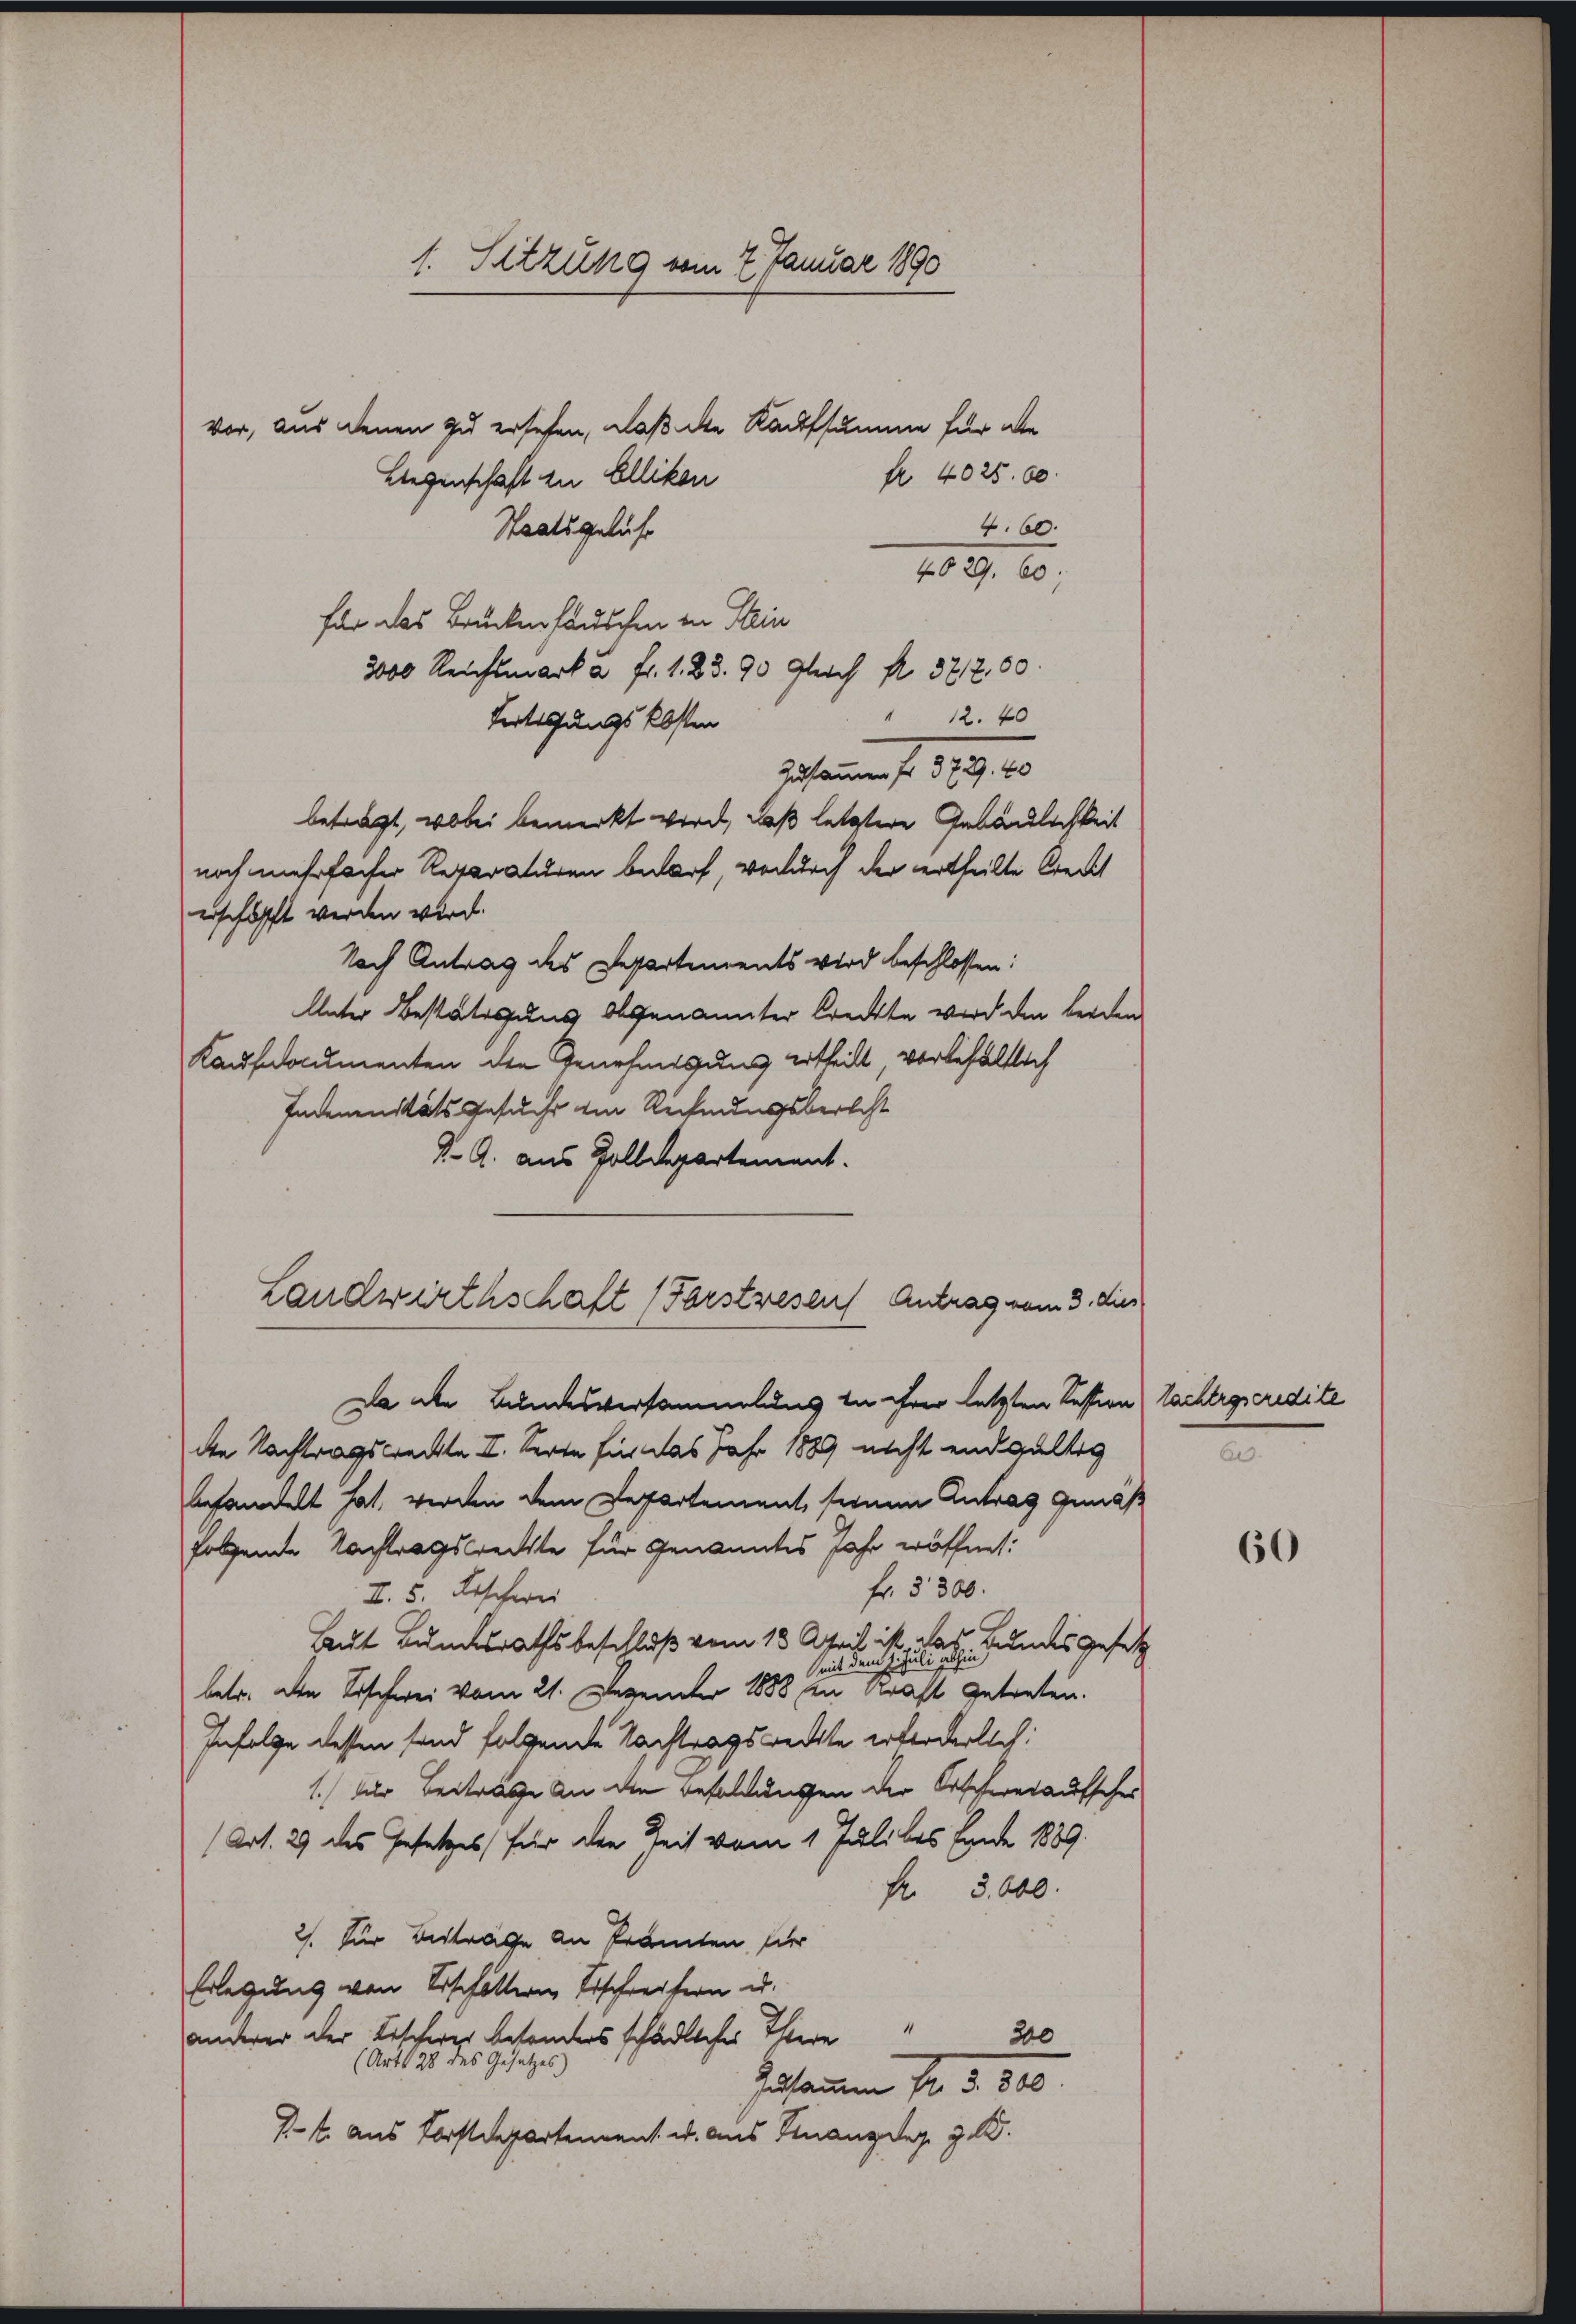
1. Sitzung vom 7. Januar 1890

vor, aus denen zu ersehen, daß die Kaufsumme für die
Liegenschaft zu Ellikon
Staatsgelast
für das Brückenhauschen in Stein
3000 Reichsmark u. fr. 1. 83. 90 Gleich fl. 322, 60.
" 12. 40
Fertissungskosten
Zusammen fr. 3729. 40
betragt, wobei bemerkt wird, daß letztere Gebäulichkeit
noch mehrfacher Reparaturen bedarf, wodurch der ertheilte Creuzt
erschöpft werden wird.
Nach Antrag des Departements wird beschlossen:
Unter Bestätigung abgenannter Creckte wird den beiden
Kaufdocumenten den Genehmigung ertheilt, vorbehältlich
Inderenitäts Gesucht im Rechnungsberecht
d. G. aus Zolldepartement.
Landwirthschaft (Forstwesen Antrag vom 3. dies
Da die Bundesversammlung in ihrer letzten Tession lachtroseredite
de Nachtragsweckte II. Seite für das Jahr 1889 nicht endgültig
behandelt hat, werden dem Departement, seinen Antrag gemäß
folgende Nachtragsrechte für genanntes Jahr eröffnet:
fr. 3300.
I. 5. Beschwei
Haut Bundesrathsbeschluß vom 13. April ist, das Bundesgesetz
mit dem
betr. den Tischwei vom 21. Dezember 1888 in Kraft getreten.
Infolge dessen sind folgende Nachtragsreckte erforderlich:
1. Der Beitrage an die Besoldungen der Ortschereiaufscher
(Art. 29 des Gesetzes, für den Zeit vom 1 Juli les Erndte 1889.
Fr. 3000.
2. für Beträge an Prämten hier
Erlegung von Erschöttern Erschreifern u.
300
anderer der Fischerer besonders schädliches Thiere
(Art. 28 des Gesetzes)
Zusammen Fr. 5. 510.
71 aus Forstdepartement u. aus Finanzdeg, z. B.

fr. 4025. 60.
4. 60.
4029 60;

e

60